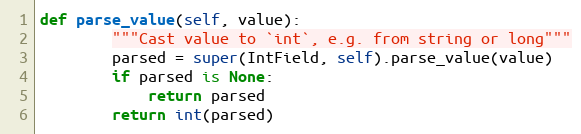
Language: Python
def parse_value(self, value):
        """Cast value to `int`, e.g. from string or long"""
        parsed = super(IntField, self).parse_value(value)
        if parsed is None:
            return parsed
        return int(parsed)